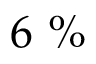
6 ~ \%